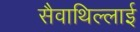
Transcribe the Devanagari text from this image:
सैवाथिल्लाई